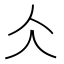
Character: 仌